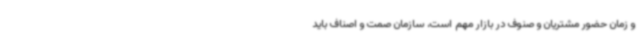
و زمان حضور مشتریان و صنوف در بازار مهم است، سازمان صمت و اصناف باید